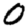
Digit: 0